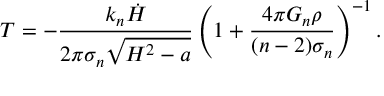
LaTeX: T = - \frac { k _ { n } \dot { H } } { 2 \pi \sigma _ { n } \sqrt { H ^ { 2 } - a } } \left( 1 + \frac { 4 \pi G _ { n } \rho } { ( n - 2 ) \sigma _ { n } } \right) ^ { - 1 } .